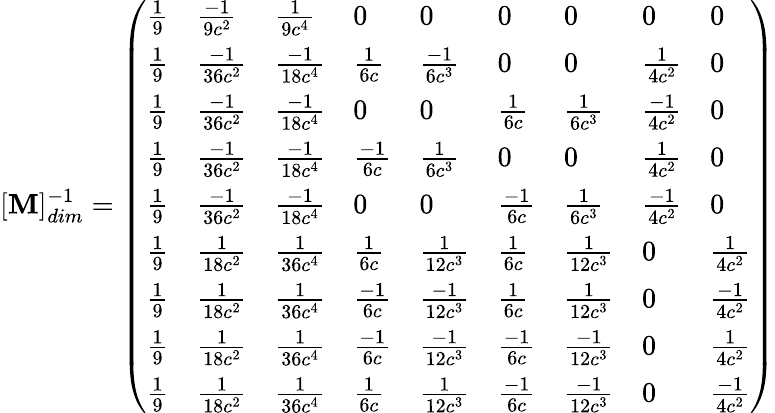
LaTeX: [\mathbf{M}]_{dim}^{-1}=\left(\begin{array}{lllllllll}{\frac{1}{9}}&{\frac{-1}{9c^{2}}}&{\frac{1}{9c^{4}}}&{0}&{0}&{0}&{0}&{0}&{0}\\ {\frac{1}{9}}&{\frac{-1}{36c^{2}}}&{\frac{-1}{18c^{4}}}&{\frac{1}{6c}}&{\frac{-1}{6c^{3}}}&{0}&{0}&{\frac{1}{4c^{2}}}&{0}\\ {\frac{1}{9}}&{\frac{-1}{36c^{2}}}&{\frac{-1}{18c^{4}}}&{0}&{0}&{\frac{1}{6c}}&{\frac{1}{6c^{3}}}&{\frac{-1}{4c^{2}}}&{0}\\ {\frac{1}{9}}&{\frac{-1}{36c^{2}}}&{\frac{-1}{18c^{4}}}&{\frac{-1}{6c}}&{\frac{1}{6c^{3}}}&{0}&{0}&{\frac{1}{4c^{2}}}&{0}\\ {\frac{1}{9}}&{\frac{-1}{36c^{2}}}&{\frac{-1}{18c^{4}}}&{0}&{0}&{\frac{-1}{6c}}&{\frac{1}{6c^{3}}}&{\frac{-1}{4c^{2}}}&{0}\\ {\frac{1}{9}}&{\frac{1}{18c^{2}}}&{\frac{1}{36c^{4}}}&{\frac{1}{6c}}&{\frac{1}{12c^{3}}}&{\frac{1}{6c}}&{\frac{1}{12c^{3}}}&{0}&{\frac{1}{4c^{2}}}\\ {\frac{1}{9}}&{\frac{1}{18c^{2}}}&{\frac{1}{36c^{4}}}&{\frac{-1}{6c}}&{\frac{-1}{12c^{3}}}&{\frac{1}{6c}}&{\frac{1}{12c^{3}}}&{0}&{\frac{-1}{4c^{2}}}\\ {\frac{1}{9}}&{\frac{1}{18c^{2}}}&{\frac{1}{36c^{4}}}&{\frac{-1}{6c}}&{\frac{-1}{12c^{3}}}&{\frac{-1}{6c}}&{\frac{-1}{12c^{3}}}&{0}&{\frac{1}{4c^{2}}}\\ {\frac{1}{9}}&{\frac{1}{18c^{2}}}&{\frac{1}{36c^{4}}}&{\frac{1}{6c}}&{\frac{1}{12c^{3}}}&{\frac{-1}{6c}}&{\frac{-1}{12c^{3}}}&{0}&{\frac{-1}{4c^{2}}}\end{array}\right)